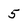
Character: 5